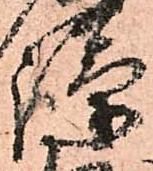
護